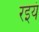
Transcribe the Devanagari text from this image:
रइयं